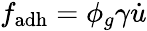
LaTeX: f_{\mathrm{{adh}}}=\phi_{g}\gamma\dot{u}